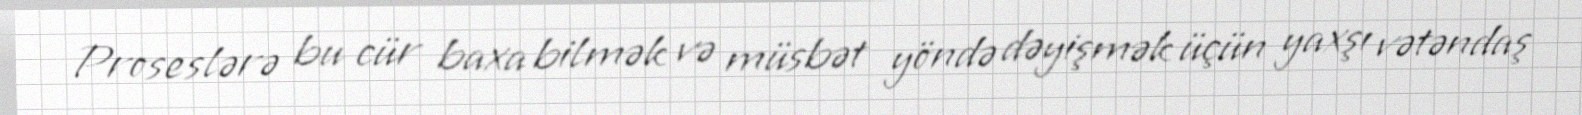
Proseslərə bu cür baxa bilmək və müsbət yöndə dəyişmək üçün yaxşı vətəndaş